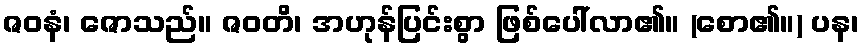
ဇဝနံ၊ ဇောသည်။ ဇဝတိ၊ အဟုန်ပြင်းစွာ ဖြစ်ပေါ်လာ၏။ (စော၏။) ပန၊